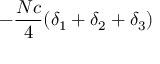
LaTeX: - { \frac { N c } { 4 } } ( \delta _ { 1 } + \delta _ { 2 } + \delta _ { 3 } )